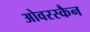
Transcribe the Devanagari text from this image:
ओवरस्कैन